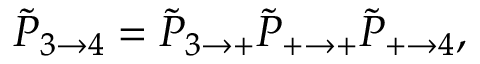
\tilde { P } _ { 3 \rightarrow 4 } = \tilde { P } _ { 3 \rightarrow + } \tilde { P } _ { + \rightarrow + } \tilde { P } _ { + \rightarrow 4 } ,